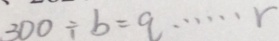
3 0 0 \div b = q \cdots r